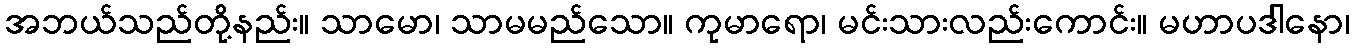
အဘယ်သည်တို့နည်း။ သာမော၊ သာမမည်သော။ ကုမာရော၊ မင်းသားလည်းကောင်း။ မဟာပဒါနော၊